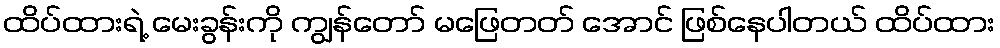
ထိပ်ထားရဲ့ မေးခွန်းကို ကျွန်တော် မဖြေတတ် အောင် ဖြစ်နေပါတယ် ထိပ်ထား